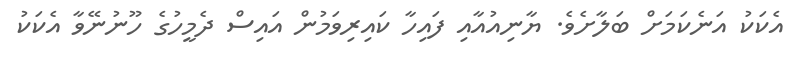
އެކަކު އަނެކަމަށް ބަލާށެވެ. ޔާނިއުއާއި ފައިހާ ކައިރިވަމުން އައިސް ދެމީހުގެ ހޫނުނޭވާ އެކަކު